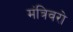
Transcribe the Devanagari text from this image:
मंत्रिवरो